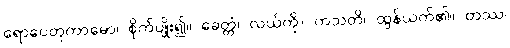
ရောပေတုကာမော၊ စိုက်ပျိုး၍။ ခေတ္တံ၊ လယ်ကို။ ကသတိ၊ ထွန်ယက်၏။ တဿ၊